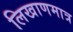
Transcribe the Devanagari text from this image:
लिखाणमात्र